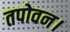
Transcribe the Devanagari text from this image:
तपोवन।